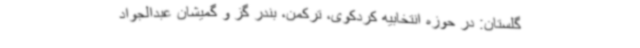
گلستان: در حوزه انتخابیه کردکوی، ترکمن، بندر گز و گمیشان عبدالجواد